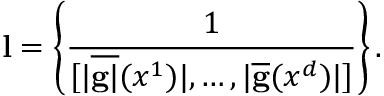
\mathbf { l } = \left\lbrace \frac { 1 } { [ | \overline { { \mathbf { g } | } } ( x ^ { 1 } ) | , \dots , | \overline { { \mathbf { g } } } ( x ^ { d } ) | ] } \right\rbrace .